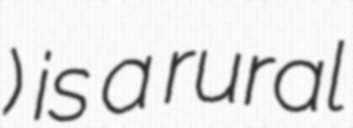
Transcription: Крылово) is a rural